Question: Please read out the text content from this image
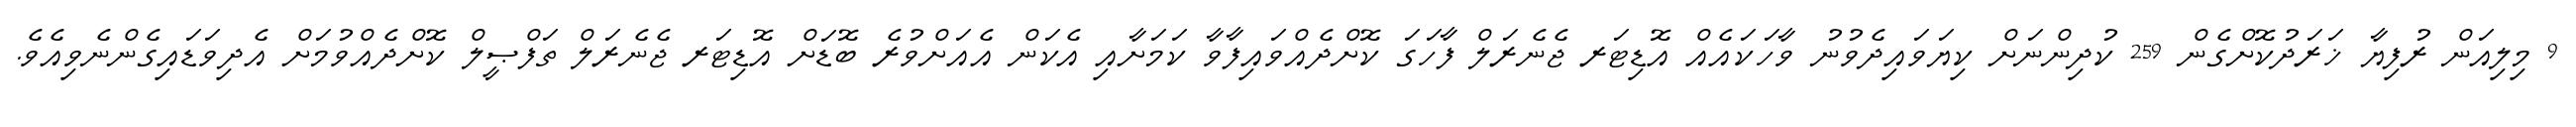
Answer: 9 މިލިއަން ރުފިޔާ ޚަރަދުކޮށްގެން 259 ކުދިންނަށް ކިޔަވައިދެވުނު ވާހަކައެއް އޮޑިޓަރ ޖެނެރަލް ފާހަގަ ކޮށްދެއްވައިފާވާ ކަމަށާއި އެކަން އެއަށްވުރެ ބޮޑަށް އޮޑިޓަރ ޖެނެރަލް ތަފްޞީލް ކޮށްދެއްވުމަށް އެދިވަޑައިގެންނެވިއެވެ.